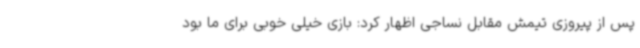
پس از پیروزی تیمش مقابل نساجی اظهار کرد: بازی خیلی خوبی برای ما بود